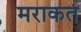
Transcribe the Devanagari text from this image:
मराकत